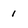
Character: 1